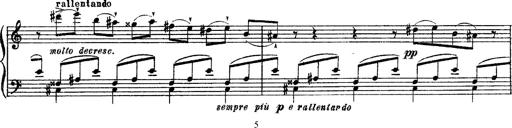
Title: Apparitions
Composer: Franz Liszt